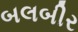
બલબીર